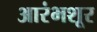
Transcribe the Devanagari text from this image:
आरंभशूर